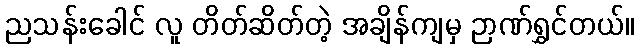
ညသန်းခေါင် လူ တိတ်ဆိတ်တဲ့ အချိန်ကျမှ ဉာဏ်ရွှင်တယ်။